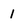
Character: 1